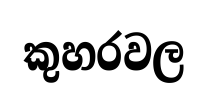
කුහරවල